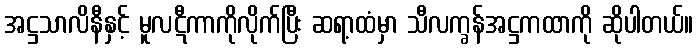
အဋ္ဌသာလိနီနှင့် မူလဋီကာကိုလိုက်ပြီး ဆရာ့ထံမှာ သီလက္ခန်အဋ္ဌကထာကို ဆိုပါတယ်။